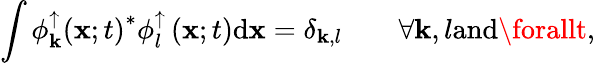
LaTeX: \int{\phi_{\mathbf{k}}^{\uparrow}\left({\mathbf{x}};t\right)^{*}\phi_{l}^{\uparrow}\left({\mathbf{x}};t\right)\mathrm{{d}}{\mathbf{x}}}=\delta_{\mathbf{k},l}\qquad\forall\mathbf{k},l\textrm{{and}}\forallt,